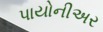
પાયોનીઅર